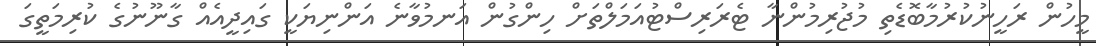
މީހުން ރަހީނުކުރުމާބޮޑެތި މުޖުރިމުންނާ ޓެރަރިސްޓުއަމަލްތަށް ހިންގުން އަަނމުވާނެ އަންނިޔަކީ ގައިދީއެއް ގާނޫނުގެ ކުރިމަތީގަ